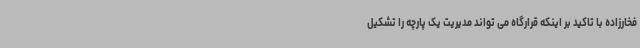
فخارزاده با تاکید بر اینکه قرارگاه می تواند مدیریت یک پارچه را تشکیل